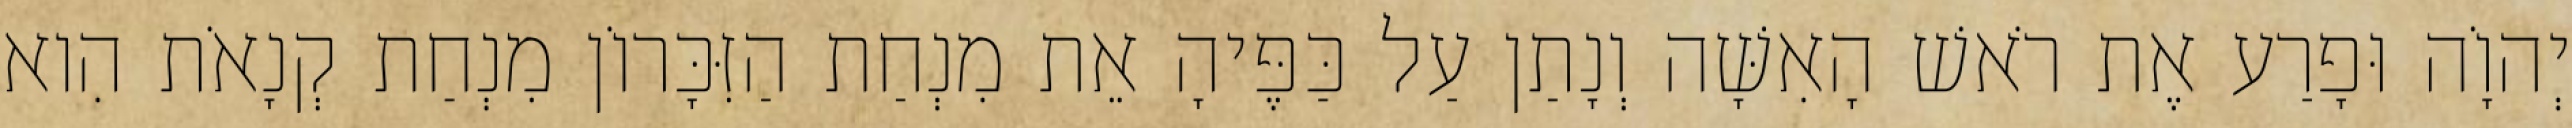
יְהוָֹה וּפָרַע אֶת רֹאשׁ הָאִשָּׁה וְנָתַן עַל כַּפֶּיהָ אֵת מִנְחַת הַזִּכָּרוֹן מִנְחַת קְנָאֹת הִוא